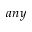
a n y